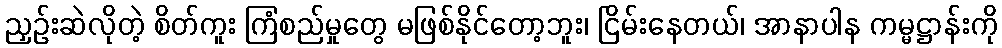
ညှဉ်းဆဲလိုတဲ့ စိတ်ကူး ကြံစည်မှုတွေ မဖြစ်နိုင်တော့ဘူး၊ ငြိမ်းနေတယ်၊ အာနာပါန ကမ္မဋ္ဌာန်းကို